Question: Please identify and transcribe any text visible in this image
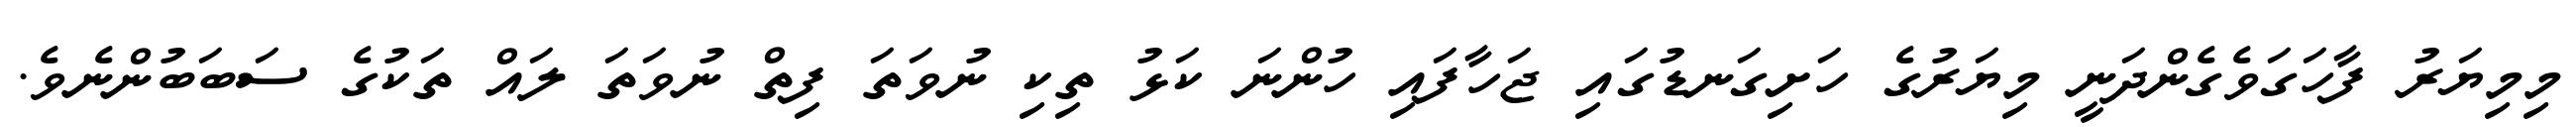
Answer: މިމިޔަރު ފާހަގަވެގެންދަނީ މިޔަރުގެ ހަށިގަނޑުގައި ޖަހާފައި ހުންނަ ކަޅު ތިކި ނުވަތަ ފިތް ނުވަތަ ލައް ތަކުގެ ސަބަބުންނެވެ.